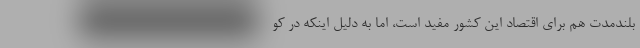
بلندمدت هم برای اقتصاد این کشور مفید است، اما به دلیل اینکه در کو